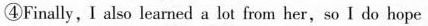
④Finally, I also learned a lot from her,so I do hope